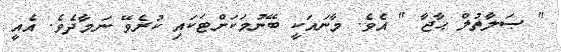
'' ޞަލާތުލް ޙާޖާ '' އެވެ. މާނައަކީ ބޭނުމަކަށްޓަކައި ކުރެވޭ ނަމާދެވެ. އެއީ